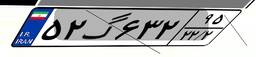
۵۴گ۸۵۲۶۳